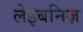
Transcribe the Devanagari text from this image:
लेइबनिज़